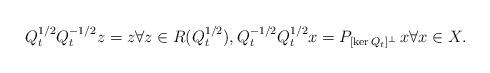
LaTeX: \begin{align*}Q_t^{1/2}Q_t^{-1/2}z = z \forall z\in R(Q_t^{1/2}), Q_t^{-1/2}Q_t^{1/2}x = P_{[\ker Q_t]^\perp}\,x \forall x\in X.\end{align*}